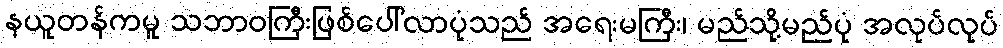
နယူတန်ကမူ သဘာဝကြီးဖြစ်ပေါ်လာပုံသည် အရေးမကြီး၊ မည်သို့မည်ပုံ အလုပ်လုပ်